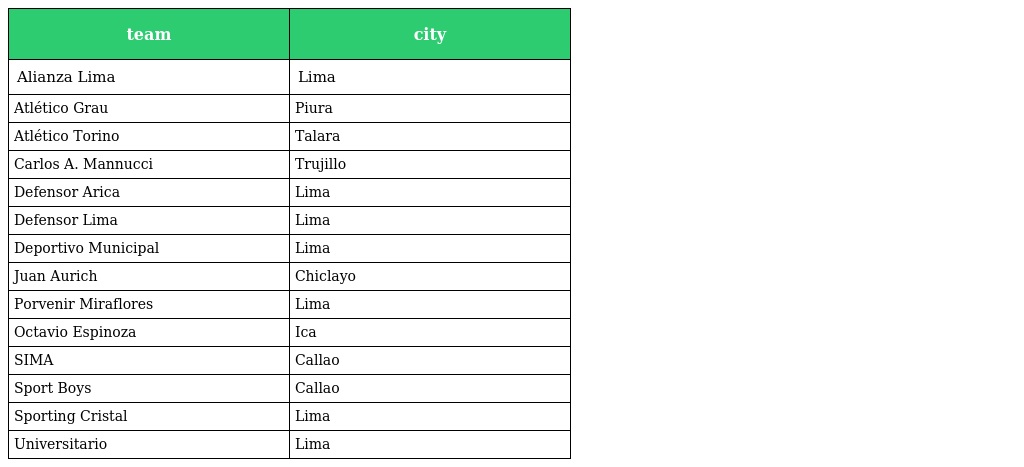
| team | city |
 | --- | --- |
 | Alianza Lima | Lima |
 | Atlético Grau | Piura |
 | Atlético Torino | Talara |
 | Carlos A. Mannucci | Trujillo |
 | Defensor Arica | Lima |
 | Defensor Lima | Lima |
 | Deportivo Municipal | Lima |
 | Juan Aurich | Chiclayo |
 | Porvenir Miraflores | Lima |
 | Octavio Espinoza | Ica |
 | SIMA | Callao |
 | Sport Boys | Callao |
 | Sporting Cristal | Lima |
 | Universitario | Lima |